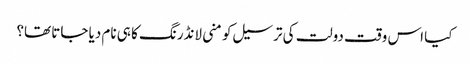
کیا اس وقت دولت کی ترسیل کو منی لانڈرنگ کا ہی نام دیا جاتا تھا؟